Scottish Leaving Certificate Examination, 1955
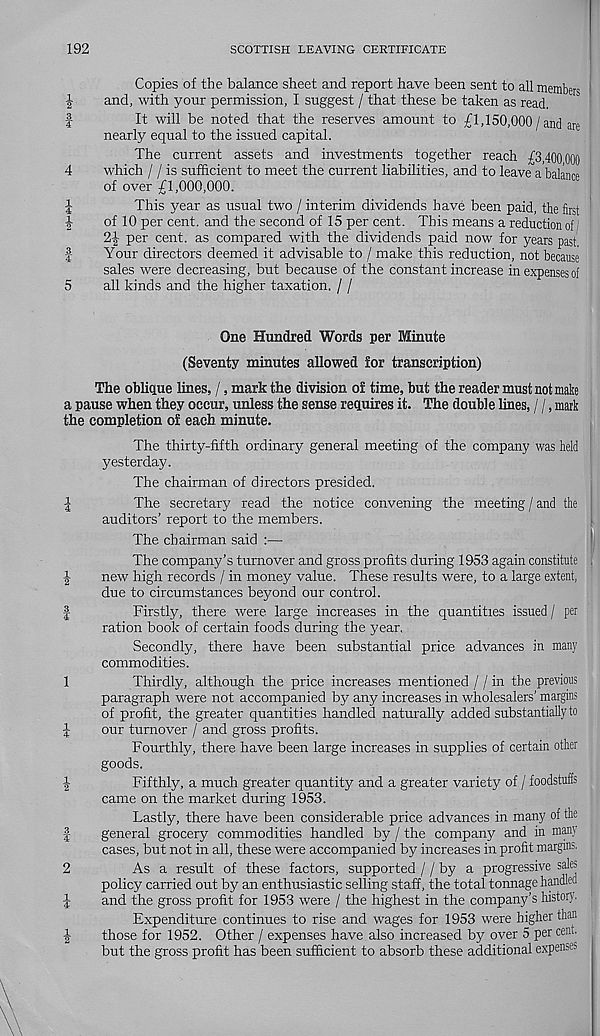
192
SCOTTISH LEAVING CERTIFICATE
i
1
Copies of the balance sheet and report have been sent to all members
and, with your permission, I suggest / that these be taken as read.
It will be noted that the reserves amount to £1,150,000 / and are
nearly equal to the issued capital.
The current assets and investments together reach £3,400000
which 11 is sufficient to meet the current liabilities, and to leave a balance
of over £1,000,000.
This year as usual two / interim dividends have been paid, the first
of 10 per cent, and the second of 15 per cent. This means a reduction of /
2^ per cent, as compared with the dividends paid now for years past
Your directors deemed it advisable to / make this reduction, not because
sales were decreasing, but because of the constant increase in expenses of
all kinds and the higher taxation. / /
One Hundred Words per Minute
(Seventy minutes allowed for transcription)
The oblique lines, /, mark the division of time, but the reader must not make
a pause when they occur, unless the sense requires it. The double lines, / /, mark
the completion of each minute.
The thirty-fifth ordinary general meeting of the company was held
yesterday.
The chairman of directors presided.
I
The secretary read the notice convening the meeting / and the
auditors’ report to the members.
The chairman said :—
The company’s turnover and gross profits during 1953 again constitute
|
new high records / in money value. These results were, to a large extent,
due to circumstances beyond our control.
|
Firstly, there were large increases in the quantities issued / per
ration book of certain foods during the year.
Secondly, there have been substantial price advances in many
commodities.
1
Thirdly, although the price increases mentioned / / in the previous
paragraph were not accompanied by any increases in wholesalers’ margins
of profit, the greater quantities handled naturally added substantially to
1
our turnover / and gross profits.
Fourthly, there have been large increases in supplies of certain other
goods.
■ |
Fifthly, a much greater quantity and a greater variety of / foodstufis
came on the market during 1953.
Lastly, there have been considerable price advances in many of the
|-
general grocery commodities handled by / the company and in many
cases, but not in all, these were accompanied by increases in profit margins.
2
As a result of these factors, supported / / by a progressive sales
policy carried out by an enthusiastic selling staff, the total tonnage handled
£
and the gross profit for 1953 were / the highest in the company’s history.
Expenditure continues to rise and wages for 1953 were higher than
|
those for 1952. Other / expenses have also increased by over 5 per cent,
but the gross profit has been sufficient to absorb these additional expenses